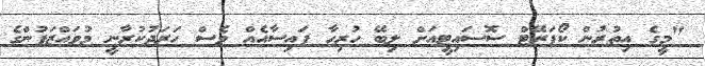
"މީގެ އިތުރުން ކޯޕަރޭޓް ސޮސައިޓީއަށް ލިބޭ ހުރިހާ ފައިސާއެއް ވެސް ހަރަދުކުރާނީ މުވައްޒަފުންގެ